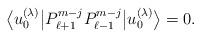
LaTeX: \begin{gather*}\big\langle u_0^{(\lambda)}\big| P_{\ell+1}^{m-j} P_{\ell-1}^{m-j} \big|u_0^{(\lambda)}\big\rangle = 0.\end{gather*}